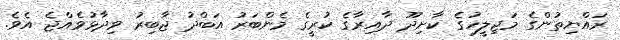
ރައްޔިތުންގެ މަޖިލީހުގެ ކާށިދޫ ދާއިރާގެ ކުރީގެ މެންބަރު އަބްދު ޖާބިރު ވިދާޅުވެއްޖެ އެވެ.